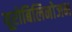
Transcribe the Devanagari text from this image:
यूरोबिलिनोजन